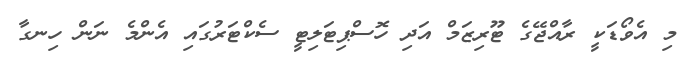
މި އެވޯޑަކީ ރާއްޖޭގެ ޓޫރިޒަމް އަދި ހޮސްޕިޓަލިޓީ ސެކްޓަރުގައި އެންމެ ނަން ހިނގާ